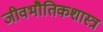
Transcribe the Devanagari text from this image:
जीवभौतिकशास्त्र